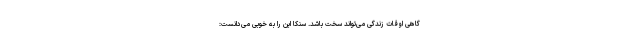
گاهی اوقات زندگی می‌تواند سخت باشد. سنکا این را به خوبی می‌دانست: